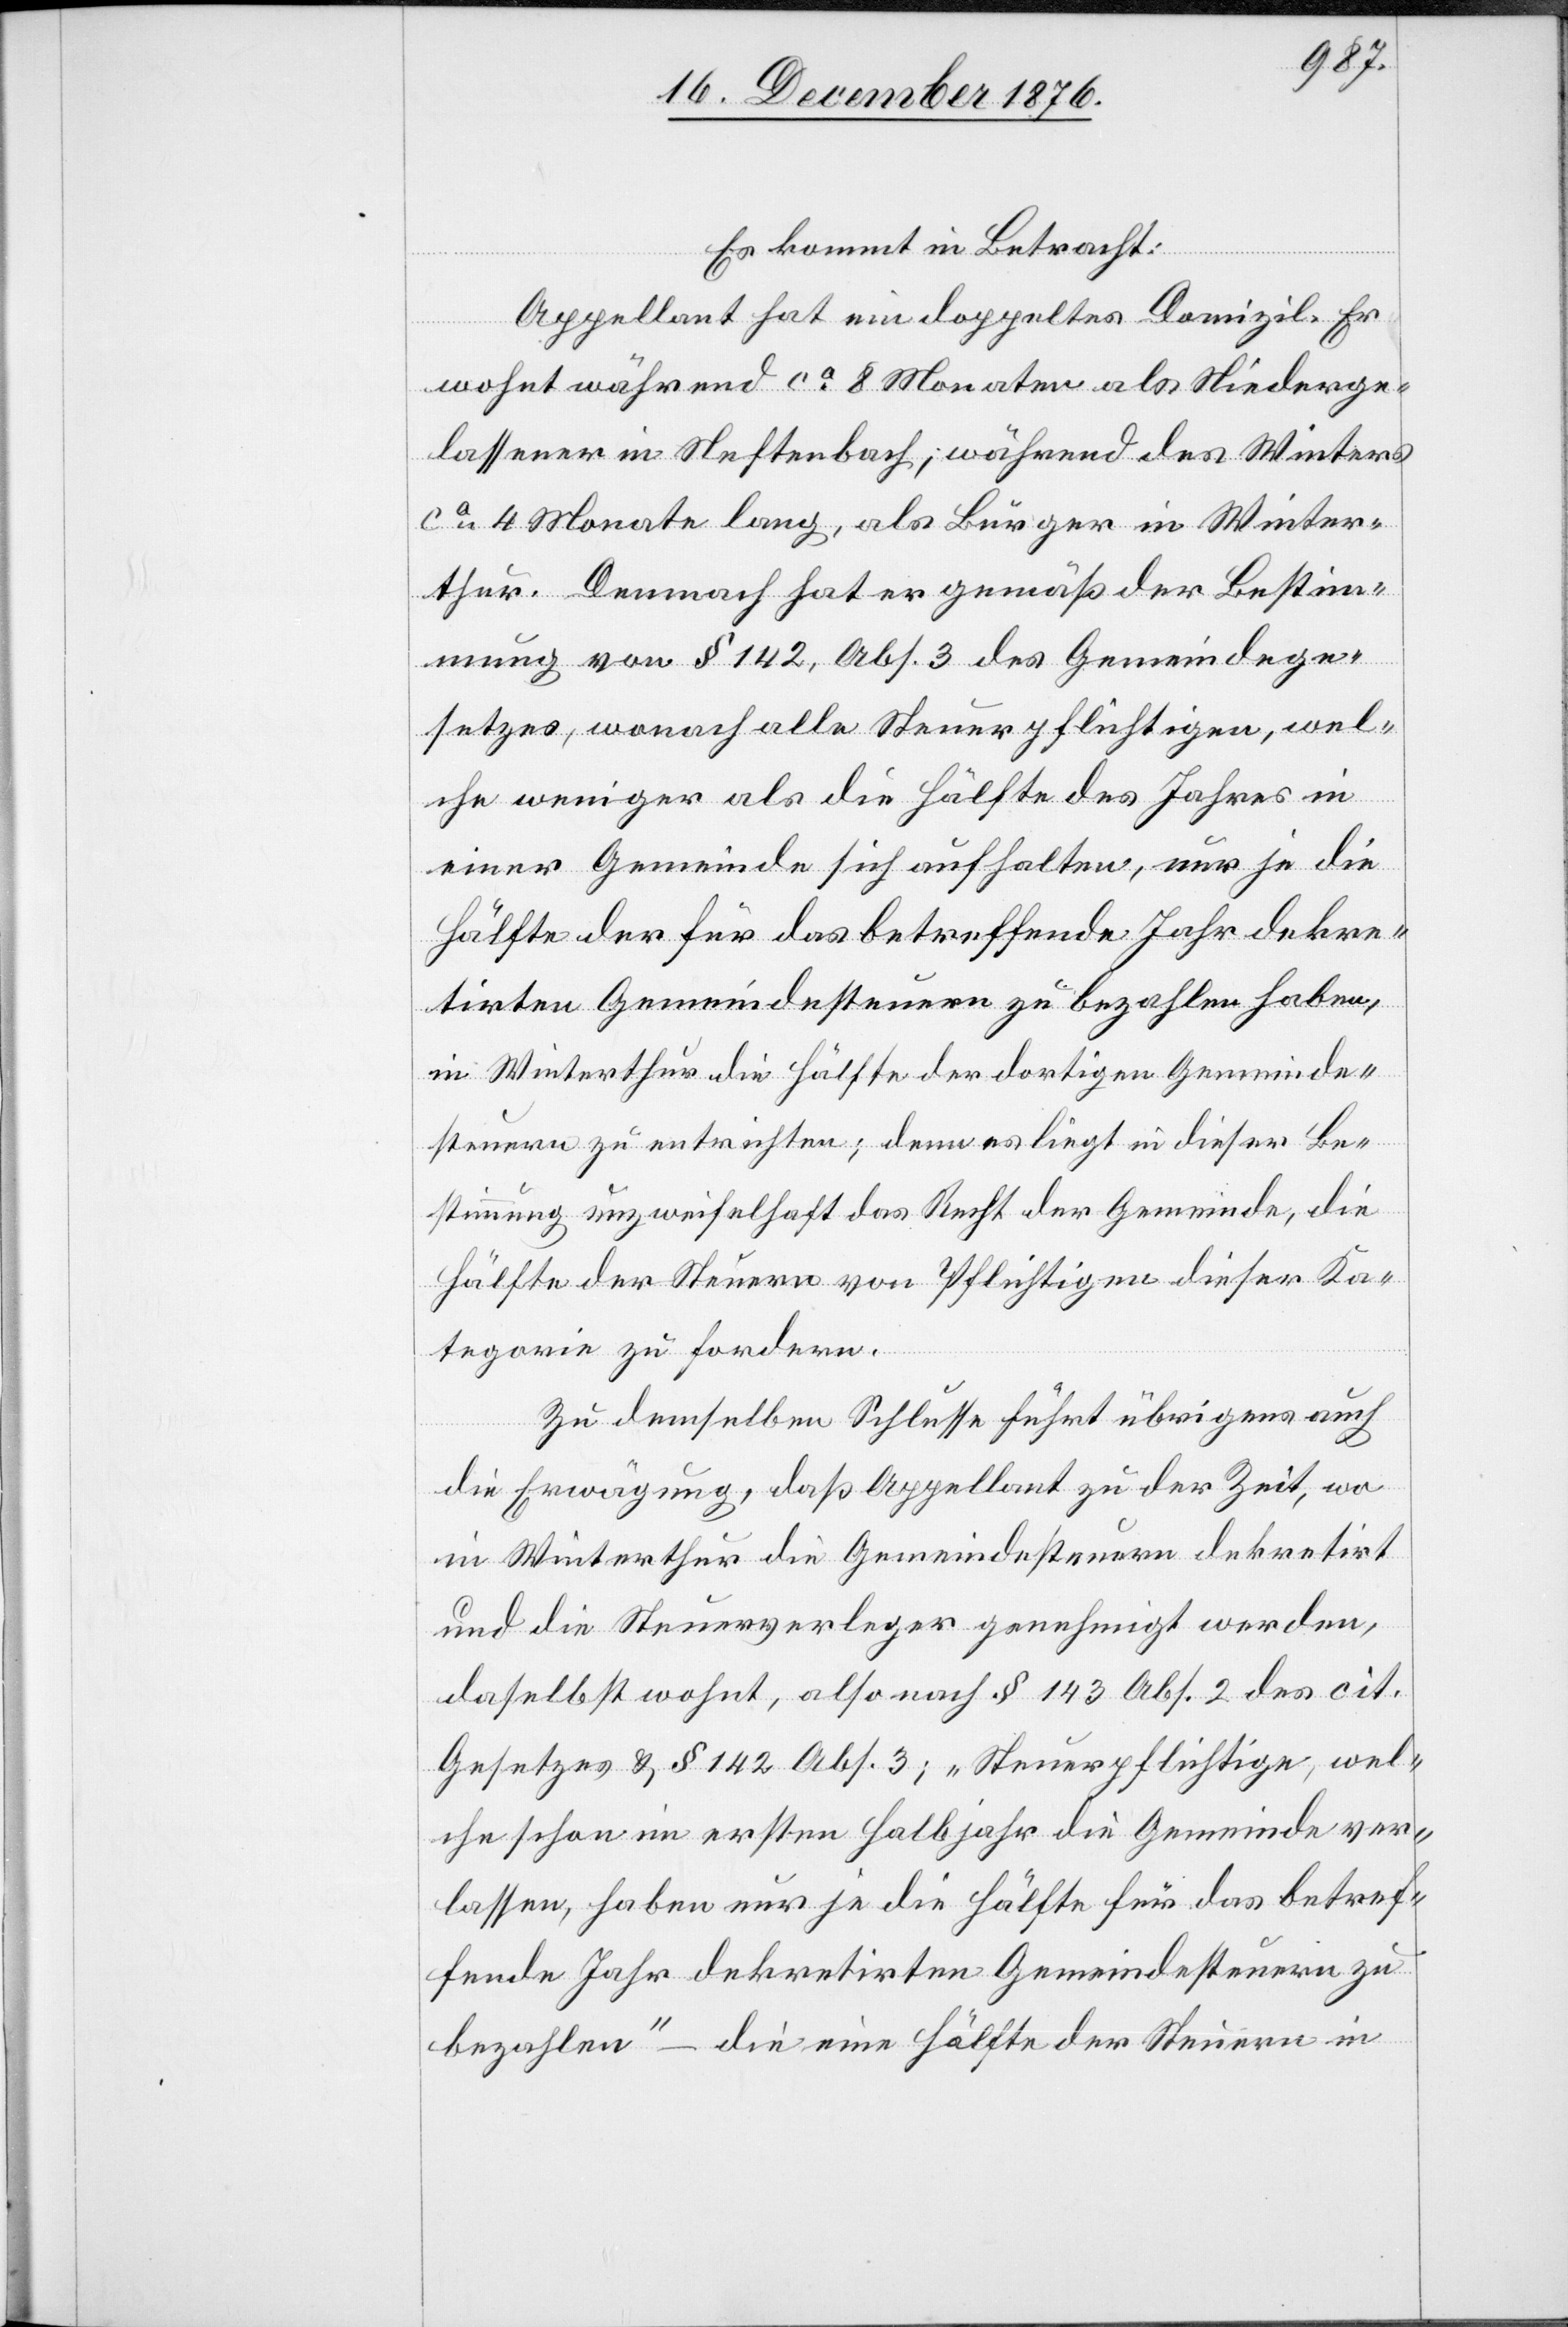
Es kommt in Betracht:
Appellant hat ein doppeltes Domizil. Er
wohnt während ca 8 Monaten als Niederge¬
lassener in Neftenbach, während des Winters
ca 4 Monate lang, als Bürger in Winter¬
thur. Demnach hat er gemäß der Bestim¬
mung von § 142, Abs. 3 des Gemeindege¬
setzes, wonach alle Steuerpflichtigen, wel¬
che weniger als die Hälfte des Jahres in
einer Gemeinde sich aufhalten, nur je die
Hälfte der für das betreffende Jahr dekre¬
tirten Gemeindesteuern zu bezahlen haben,
in Winterthur die Hälfte der dortigen Gemeinde¬
steuern zu entrichten; denn es liegt in dieser Be¬
stimmung unzweifelhaft das Recht der Gemeinde, die
Hälfte der Steuern von Pflichtigen dieser Ka¬
tegorie zu fordern.
Zu demselben Schlusse führt übrigens auch
die Erwägung, daß Appellant zu der Zeit, wo
in Winterthur die Gemeindesteuern dekretirt
und die Steuerverleger genehmigt werden,
daselbst wohnt, also nach § 143 Abs. 2 des cit.
Gesetzes & § 142 Abs. 3; „Steuerpflichtige, wel¬
che schon im ersten Halbjahr die Gemeinde ver¬
lassen, haben nur je die Hälfte für das betref¬
fende Jahr dekretirten Gemeindesteuern zu
bezahlen“ – die eine Hälfte der Steuern in